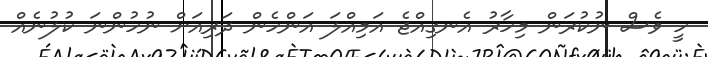
ހީ ވެސް ނުކުރަން މިހާރު އެނގިއްޖެ އަމިއްލަ އަންހެން ދަރިއަށް ނުހުންނަ ކުލުނެއް